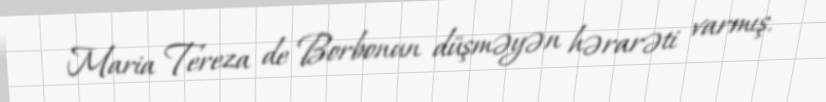
Maria Tereza de Borbonun düşməyən hərarəti varmış.